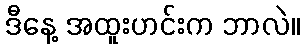
ဒီနေ့ အထူးဟင်းက ဘာလဲ။